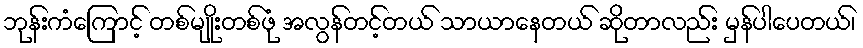
ဘုန်းကံကြောင့် တစ်မျိုးတစ်ဖုံ အလွန်တင့်တယ် သာယာနေတယ် ဆိုတာလည်း မှန်ပါပေတယ်၊